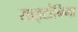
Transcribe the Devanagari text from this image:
साइटोनिमा